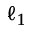
\ell _ { 1 }